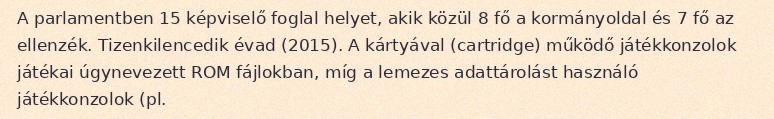
A parlamentben 15 képviselő foglal helyet, akik közül 8 fő a kormányoldal és 7 fő az ellenzék. Tizenkilencedik évad (2015). A kártyával (cartridge) működő játékkonzolok játékai úgynevezett ROM fájlokban, míg a lemezes adattárolást használó játékkonzolok (pl.